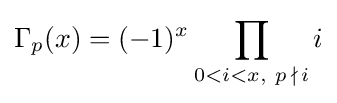
\Gamma _{p}(x)=(-1)^{x}\prod _{0<i<x,\ p\,\nmid \,i}i